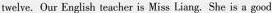
twelve. Our English teacher is Miss Liang. She is a good